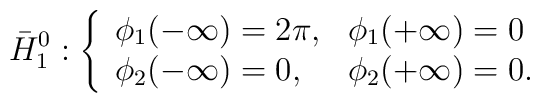
\bar{H}_1^0 : \left\{  \begin{array}{ll}    \phi_1(-\infty) = 2\pi, & \phi_1(+\infty) = 0 \\    \phi_2(-\infty) = 0, & \phi_2(+\infty) = 0.  \end{array}  \right.